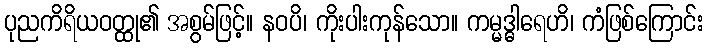
ပုညကိရိယဝတ္ထု၏ အစွမ်ဖြင့်။ နဝပိ၊ ကိုးပါးကုန်သော။ ကမ္မဒ္ဓါရေဟိ၊ ကံဖြစ်ကြောင်း